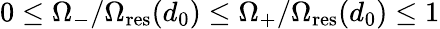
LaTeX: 0\leq\Omega_{-}/\Omega_{\mathrm{res}}(d_{0})\leq\Omega_{+}/\Omega_{\mathrm{res}}(d_{0})\leq 1